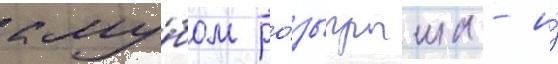
клу́бом ро́зыгрыша - и́